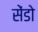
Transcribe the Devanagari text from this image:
सेंडो